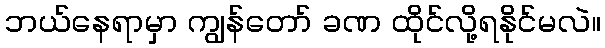
ဘယ်နေရာမှာ ကျွန်တော် ခဏ ထိုင်လို့ရနိုင်မလဲ။